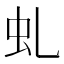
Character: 虬